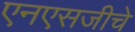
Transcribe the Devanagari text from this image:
एनएसजीचे